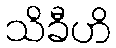
သိခီဟိ